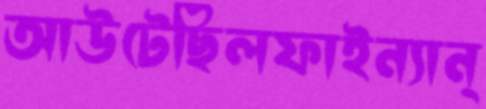
আউটেছিলফাইন্যান্